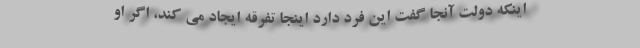
اینکه دولت آنجا گفت این فرد دارد اینجا تفرقه ایجاد می کند، اگر او